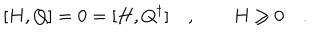
LaTeX: [ H , Q ] = 0 = [ H , Q ^ { \dagger } ] \quad , \qquad H \geq 0 \quad .